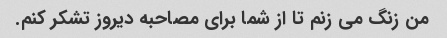
من زنگ می زنم تا از شما برای مصاحبه دیروز تشکر کنم.